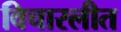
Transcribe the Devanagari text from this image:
विचारलीत